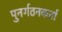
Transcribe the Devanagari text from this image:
पुनर्गठनकर्ता